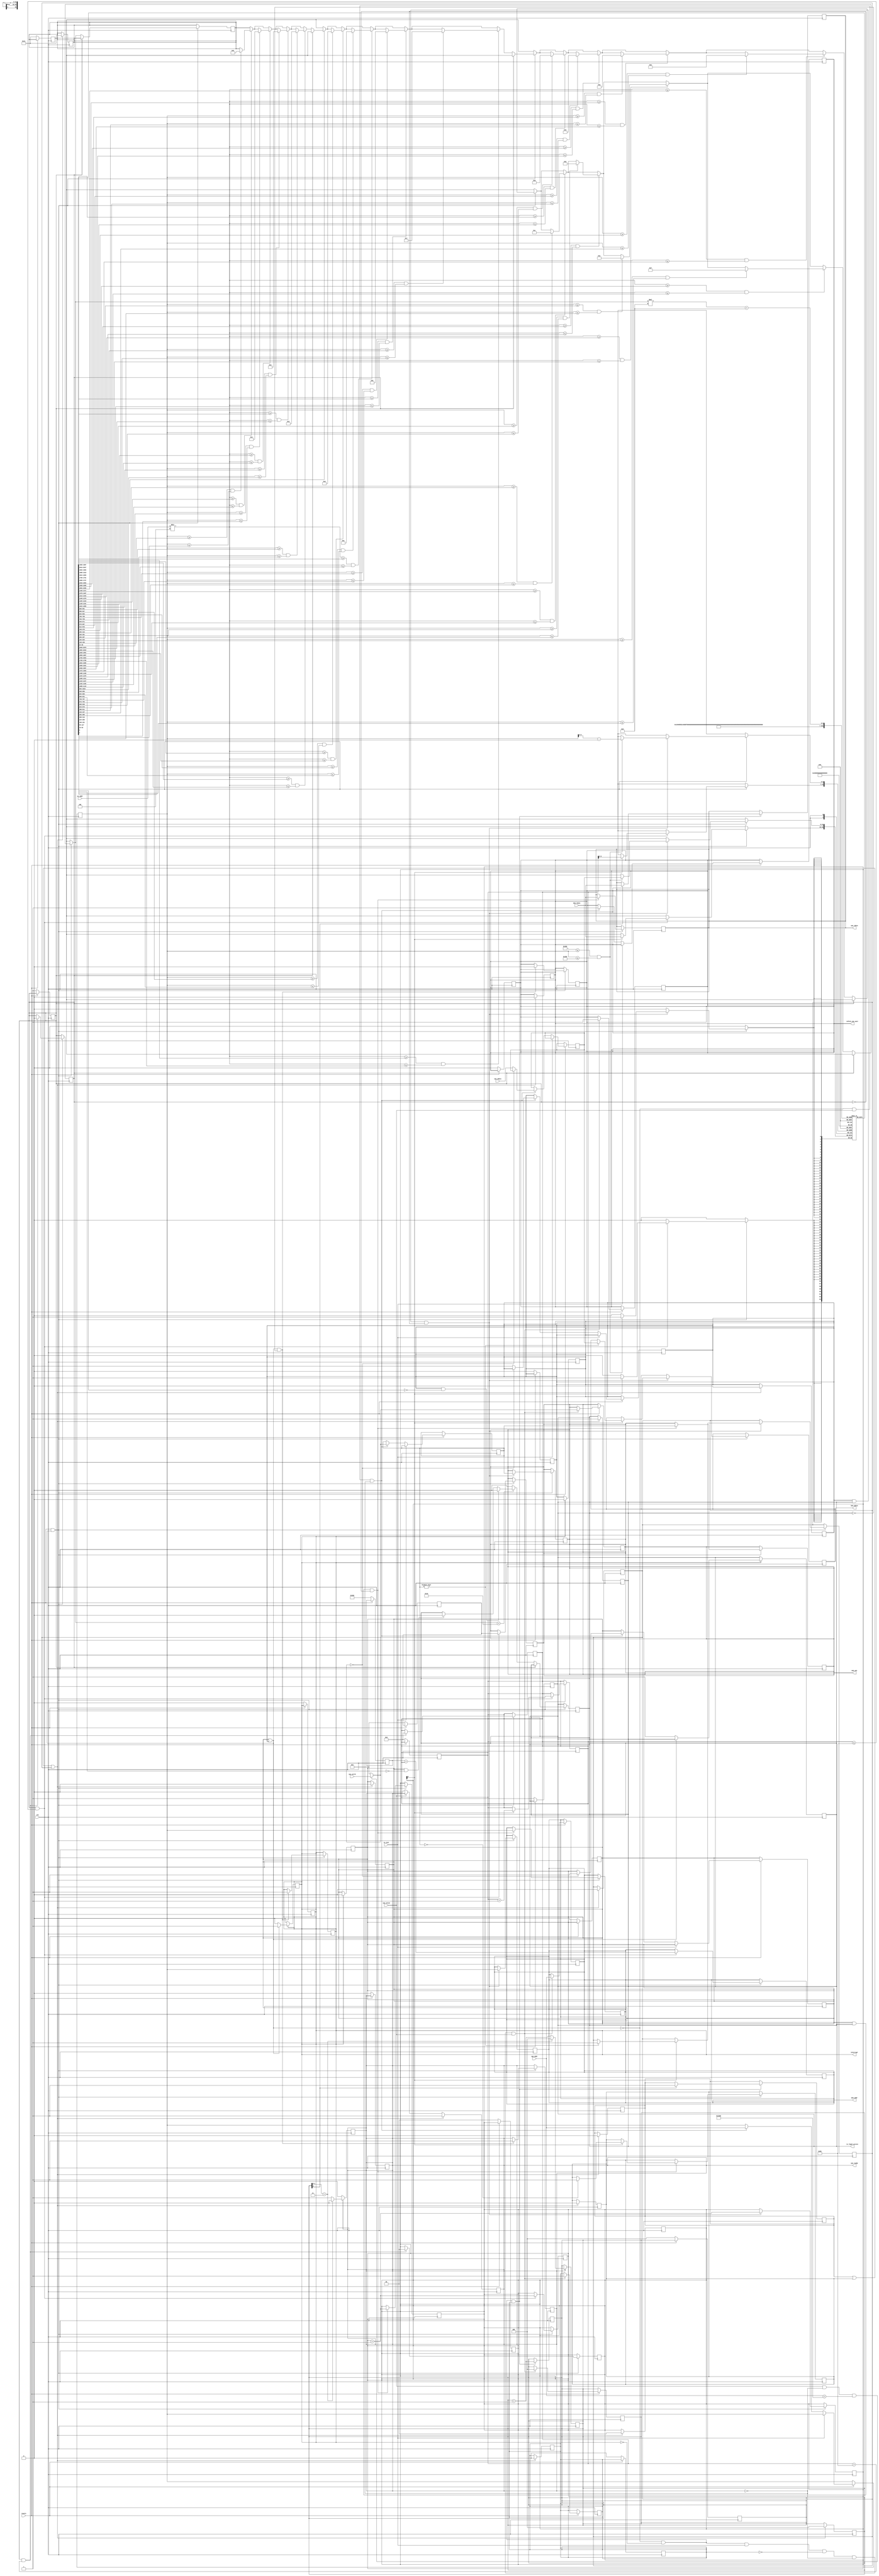
module mem_mpu #(
        parameter integer MEM_WORDS      = 1024,
        parameter integer DATA_WIDTH     = 32,
        
        parameter integer MPU_START_ADDR = 768,     // MPU的起始地址
        parameter integer MPU_ITEM_NUM   = 16,      // MPU的条目数
        parameter integer MPU_ITEM_LEN   = 5        // MPU条目的长度
    )(
        input wire clk,
        input wire resetn,              //为0复位
        
    // 连接cpu的接口===================
        input wire is_inst,             //判断是否为指令
        output reg inform_cpu_wait,     //通知cpu等待
        
        // 指令地址接口
        input wire [31:0] pc_addr,      //数据操作指令的pcz
        
        // 中断接口
        output reg interrupt,           //1 为中断
        output reg is_legal_accces,     //方便调试
        
        // 来自cpu的访存信号
        input wire        cpu_valid,
        output reg        cpu_ready,
        input wire [21:0] cpu_addr,
        input wire [31:0] cpu_wdata,
        input wire [ 3:0] cpu_wstrb,
        output reg [31:0] cpu_rdata,
		
    // 连接mem的接口 ===================
        // 送入mem的访存信号
		output reg [3:0]  mem_wen,		//写使能
        output reg [21:0] mem_addr,     //22位地址
        output reg [31:0] mem_wdata,    //32位写数据
        input wire [31:0] mem_rdata     //32位读数据
	);

    // mpu -> mem 连线和寄存器
    wire [3:0]  mpu_mem_wen;
    assign mpu_mem_wen = (cpu_valid && !cpu_ready && cpu_addr < 4*MEM_WORDS) ? cpu_wstrb : 4'b0;
    
    // pc 字地址
    wire [31:0] pc_word_addr;
    assign pc_word_addr = pc_addr/4; //数据操作指令后一定会在再读取一条指令，所以数据操作的pc地址需要提前一条指令
    
    //标记要进行的操作 ===========================================
    reg do_read_inst;       // 读指令操作
    reg do_read_data;       // 读数据操作
    reg do_write_data;      // 写数据操作
    
    reg do_read_inst_ok;    // 读指令 ok
    reg do_read_data_ok;    // 读数据 ok
    reg do_write_data_ok;   // 写数据 ok
    
    reg [2:0] temp_reg;     //临时寄存器，只是为了占用一个周期
    
    wire is_data_op;        //数据操作标志
    assign is_data_op = do_read_data || do_write_data;
    
    // mpu 临时存储来自cpu的信号 =================================
    reg [3:0]  mpu2mem_wen;
    reg [21:0] mpu2mem_addr;
    reg [31:0] mpu2mem_wdata;
    reg [31:0] mpu2mem_rdata;
    
    // mpu cache 读取mem需要的信号 ====================================
    reg [3:0]  cache2mem_wen;		//写使能
    reg [21:0] cache2mem_addr;     //22位地址
    reg [1:0]  temp_count;
    
	// mpu cache 临时存储 ======================================
    // 存放从 mem 中读取的 mpu 信息
	reg [DATA_WIDTH-1:0] mpu_cache[MPU_ITEM_NUM*MPU_ITEM_LEN:0];  
	reg cache_need_mod;                             // 判断 mpu cache 是否需要更新
    reg is_legal_accces;                            // 是否合法,不合法
    reg access_control_ok;                          // 访问权限
    reg [21:0] item_count;                          // 更新cache时的计数
    integer i;                                      // cache索引
    integer fine_item;
    
    // 复位 ===================================================
	always @(posedge clk) begin 
        if (!resetn) begin
            cache_need_mod <= 1'b1;
            is_legal_accces <= 1'b1;
            fine_item <= MPU_ITEM_NUM+1;
            access_control_ok <= 1;
            
            inform_cpu_wait <=0;
            cpu_ready <=0;
            temp_reg <= 0;
            
            do_read_inst <=0;
            do_read_data <=0;
            do_write_data<=0;
            
            interrupt <= 0;
           
            cache2mem_wen <= 4'b0000;
            cache2mem_addr <= MPU_START_ADDR;
            
            item_count<= 0;
            temp_count<= 0;
        end
	end
    
    // 通知cpu取数据 ===========================================
    always @(posedge clk) begin
        if (!cpu_valid) begin
            cpu_ready <= 0;  
        end
        if (do_read_inst_ok || do_read_data_ok || do_write_data_ok) begin
            cpu_ready <= 1;             
            inform_cpu_wait<=0;
            do_read_inst <=0;
            do_read_data <= 0;
            do_write_data <=0;
            
            do_read_inst_ok <=0;
            do_read_data_ok <=0;
            do_write_data_ok <=0;
            
            is_legal_accces <= 1;
            fine_item <= MPU_ITEM_NUM+1;
            
            temp_reg <= 0;
            temp_count<= 0;
        end
    end
    
    // cpu_ready 只提供两个周期
    always @(posedge clk) begin
        if(cpu_ready) begin
            temp_reg <= temp_reg+1;
            if (temp_reg[1:0] == 2'b11) begin
                cpu_ready <= 0;
                temp_reg <= 0;
            end
        end
    end
	
	// 指令通信 ===============================================
	always @(posedge clk) begin
        if (resetn) begin
            if (!is_data_op && !interrupt && is_inst && do_read_inst==0 && !cpu_ready && cpu_valid) begin
                do_read_inst <= 1;
                inform_cpu_wait <=1;
                //读指令
                mem_wen  <= mpu_mem_wen;
                mem_addr <= cpu_addr;
                temp_reg <= 0;
            end
        end
    end
    
    //指令通信进行的操作--只是为了占用时间
    always @(posedge clk) begin
        if (!is_data_op && !interrupt && do_read_inst) begin
            temp_reg <= temp_reg+1;
            if (temp_reg[0:0]==1) begin
                do_read_inst_ok <= 1;
                cpu_rdata <= mem_rdata;
            end
        end
    end
    
    // 数据通信 ===============================================
    always @(posedge clk) begin
        if (resetn) begin
            if (!is_inst) begin
                if(!is_data_op && cpu_valid && !cpu_ready) begin
                    //数据操作互斥
                    if (mpu_mem_wen==4'b0000) begin
                        //读数据
                        do_read_data <= 1;
                        inform_cpu_wait <=1;
                        
                        mpu2mem_wen <= mpu_mem_wen;
                        mpu2mem_addr <= cpu_addr;
                        mpu2mem_rdata <= mem_rdata;
                    end
                    else begin
                        //写数据
                        do_write_data <= 1;
                        inform_cpu_wait <=1;
                        
                        mpu2mem_wen <= mpu_mem_wen;
                        mpu2mem_addr <= cpu_addr;
                        mpu2mem_wdata <= cpu_wdata;
                    end
                end
            end
        end
    end
    
    // 获取mpu信息，并存入 mpu cache
    always @(posedge clk) begin
        if (resetn && is_data_op) begin
            if (cache_need_mod && item_count<= MPU_ITEM_NUM * MPU_ITEM_LEN) begin
                mem_wen <= cache2mem_wen;
                mem_addr <= cache2mem_addr+item_count;
                temp_count <= temp_count+1;
                if (temp_count[0:0] == 1) begin
                    //过一个时钟在取数据
                    mpu_cache[item_count] <= mem_rdata;
                    item_count <= item_count+1;
                end
            end
        end
    end
    
    // cache 更新完毕
    always @(posedge clk) begin
        if (resetn && is_data_op) begin
            if (cache_need_mod && item_count> MPU_ITEM_NUM * MPU_ITEM_LEN) begin
                cache_need_mod <= 0;
                item_count <= 0;
                temp_count <= 0;
            end
        end
    end
    
    // 检查能否进行操作 ---- 需要进行更复杂的修改 ：）
    always @(posedge clk) begin
        if (resetn && is_data_op) begin
            if (!cache_need_mod) begin
                //search ok item
                for(i=0;i<MPU_ITEM_NUM;i=i+1) begin
                     //mpu_cache[0]里面是时钟导致的乱数据
                    if(pc_word_addr>=mpu_cache[i*MPU_ITEM_LEN+1] && pc_word_addr<=mpu_cache[i*MPU_ITEM_LEN+2]) begin
                        //指令范围合法
                        if(mpu2mem_addr>=mpu_cache[i*MPU_ITEM_LEN+3] && mpu2mem_addr<=mpu_cache[i*MPU_ITEM_LEN+4]) begin
                            //数据范围合法
                            fine_item = i;   
                        end
                    end
                end
                //访问权限
                if(fine_item<MPU_ITEM_NUM) begin
                    if (do_read_data && mpu_cache[fine_item*MPU_ITEM_LEN+5][2:2]!=1'b1)
                        is_legal_accces <= 0;
                    if (do_write_data && mpu_cache[fine_item*MPU_ITEM_LEN+5][1:1]!=1'b1)
                        is_legal_accces <= 0;
                end
                else begin
                    is_legal_accces <= 0;
                end
            end
        end
    end
    
    // 非法访问--触发mpu中断
    always @(posedge clk) begin
        if (resetn && is_data_op) begin
            if(is_data_op && !is_legal_accces) begin
                //使能mem_done和中断，使cpu运行中断程序
                interrupt <= 1;
                inform_cpu_wait <= 0;
                cpu_ready <= 1;
            end
        end
    end
    
    // mpu中断--响应后跳入中断处理程序
    always @(posedge clk) begin
        if (interrupt) begin
            //复位mpu的部分状态
            do_read_data <=0;
            do_write_data <=0;
            if(!is_data_op) begin
                interrupt<=0;
                is_legal_accces <=1;
            end
        end
    end
    
    // 合法读取数据
    always @(posedge clk) begin
        if (resetn && is_data_op) begin
            if(do_read_data && is_legal_accces && !cache_need_mod) begin
                mem_wen <= mpu2mem_wen;
                mem_addr <= mpu2mem_addr;
                
                //必须要放在这里，保持及时更新，否则会出现指令被当成数据的情况
                cpu_rdata <= mem_rdata;
                
                temp_count <= temp_count+1;
                if(temp_count[0:0] == 1) begin
                    if(mpu2mem_wen == 4'b0000) begin
                        do_read_data_ok <= 1;
                    end
                end
            end
        end
    end
    
    // 合法写数据
    always @(posedge clk) begin
        if (resetn && is_data_op) begin
            if(do_write_data && is_legal_accces && !cache_need_mod) begin
                // 写 ram
                mem_wen <= mpu2mem_wen;
                mem_addr <= mpu2mem_addr;

                temp_count <= temp_count+1;
                if(temp_count[0:0] == 1) begin
                    if(mpu2mem_wen != 4'b0000) begin
                        do_write_data_ok <= 1;
                        mem_wdata <= mpu2mem_wdata;
                    end
                end
                // 写 mpu_cache, 同步更新cache
                if (MPU_START_ADDR<=mpu2mem_addr && mpu2mem_addr<= MPU_START_ADDR+MPU_ITEM_NUM*MPU_ITEM_LEN) begin
                    mpu_cache[mpu2mem_addr-MPU_START_ADDR] <= mpu2mem_wdata;
                end
            end
        end
    end
    
endmodule